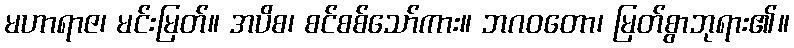
မဟာရာဇ၊ မင်းမြတ်။ အပိစ၊ စင်စစ်သော်ကား။ ဘဂဝတော၊ မြတ်စွာဘုရား၏။